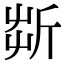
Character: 㪿